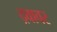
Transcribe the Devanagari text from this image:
द्रवावर